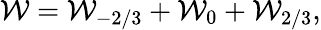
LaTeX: {\cal W}={\cal W}_{-{2/3}}+{\cal W}_{0}+{\cal W}_{2/3},